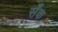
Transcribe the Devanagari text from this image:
सँक